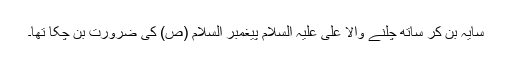
سایہ بن کر ساتھ چلنے والا علی علیہ السلام پیغمبر السلام (ص) کی ضرورت بن چکا تھا۔